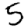
Digit: 5